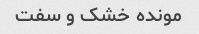
مونده خشک و سفت